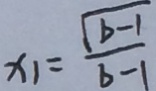
x _ { 1 } = \frac { \sqrt { b - 1 } } { b - 1 }